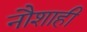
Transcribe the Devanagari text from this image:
नौशाही